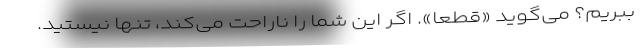
ببریم؟ می‌گوید «قطعاً». اگر این شما را ناراحت می‌کند، تنها نیستید.